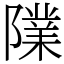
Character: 䧨